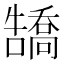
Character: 𪢡